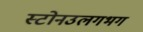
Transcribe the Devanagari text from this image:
स्टोनउलगभग